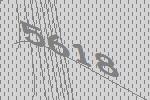
5618